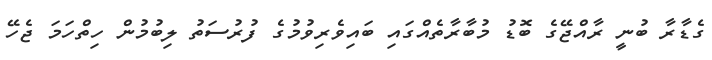
ގެޑާރާ ބުނީ ރާއްޖޭގެ ބޮޑު މުބާރާތެއްގައި ބައިވެރިވުމުގެ ފުރުސަތު ލިބުމުން ހިތްހަމަ ޖެހޭ